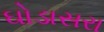
ઘોડાસરા